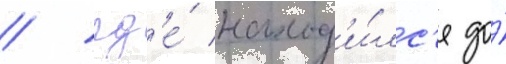
/ гд'е́ наход'и́лс'я до́